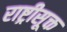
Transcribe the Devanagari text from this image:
राष्ट्रीसूक्त